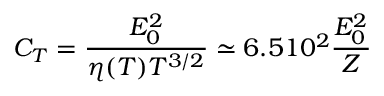
C _ { T } = \frac { E _ { 0 } ^ { 2 } } { \eta ( T ) T ^ { 3 / 2 } } \simeq 6 . 5 1 0 ^ { 2 } \frac { E _ { 0 } ^ { 2 } } { Z }